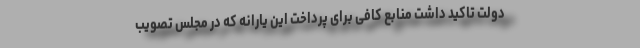
دولت تاکید داشت منابع کافی برای پرداخت این یارانه که در مجلس تصویب